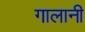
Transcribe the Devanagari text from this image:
गालानी